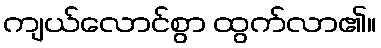
ကျယ်လောင်စွာ ထွက်လာ၏။